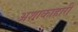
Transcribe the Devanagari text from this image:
अशाकाहारी